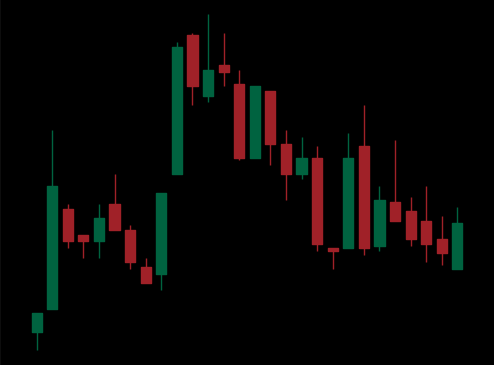
Pattern: head_shoulders